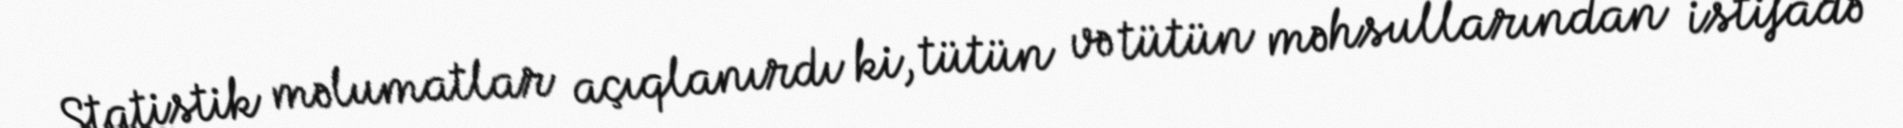
Statistik məlumatlar açıqlanırdı ki, tütün və tütün məhsullarından istifadə